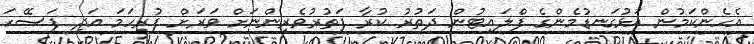
އެހެންކަމުން އަޅުގަނޑުމެންގެ ފްލައިޓުން ދަތުރު ކުރާ ފަތުރުވެރިންނަށް ވަރަށް ފުރިހަމަ އަދި ފަސޭހަ